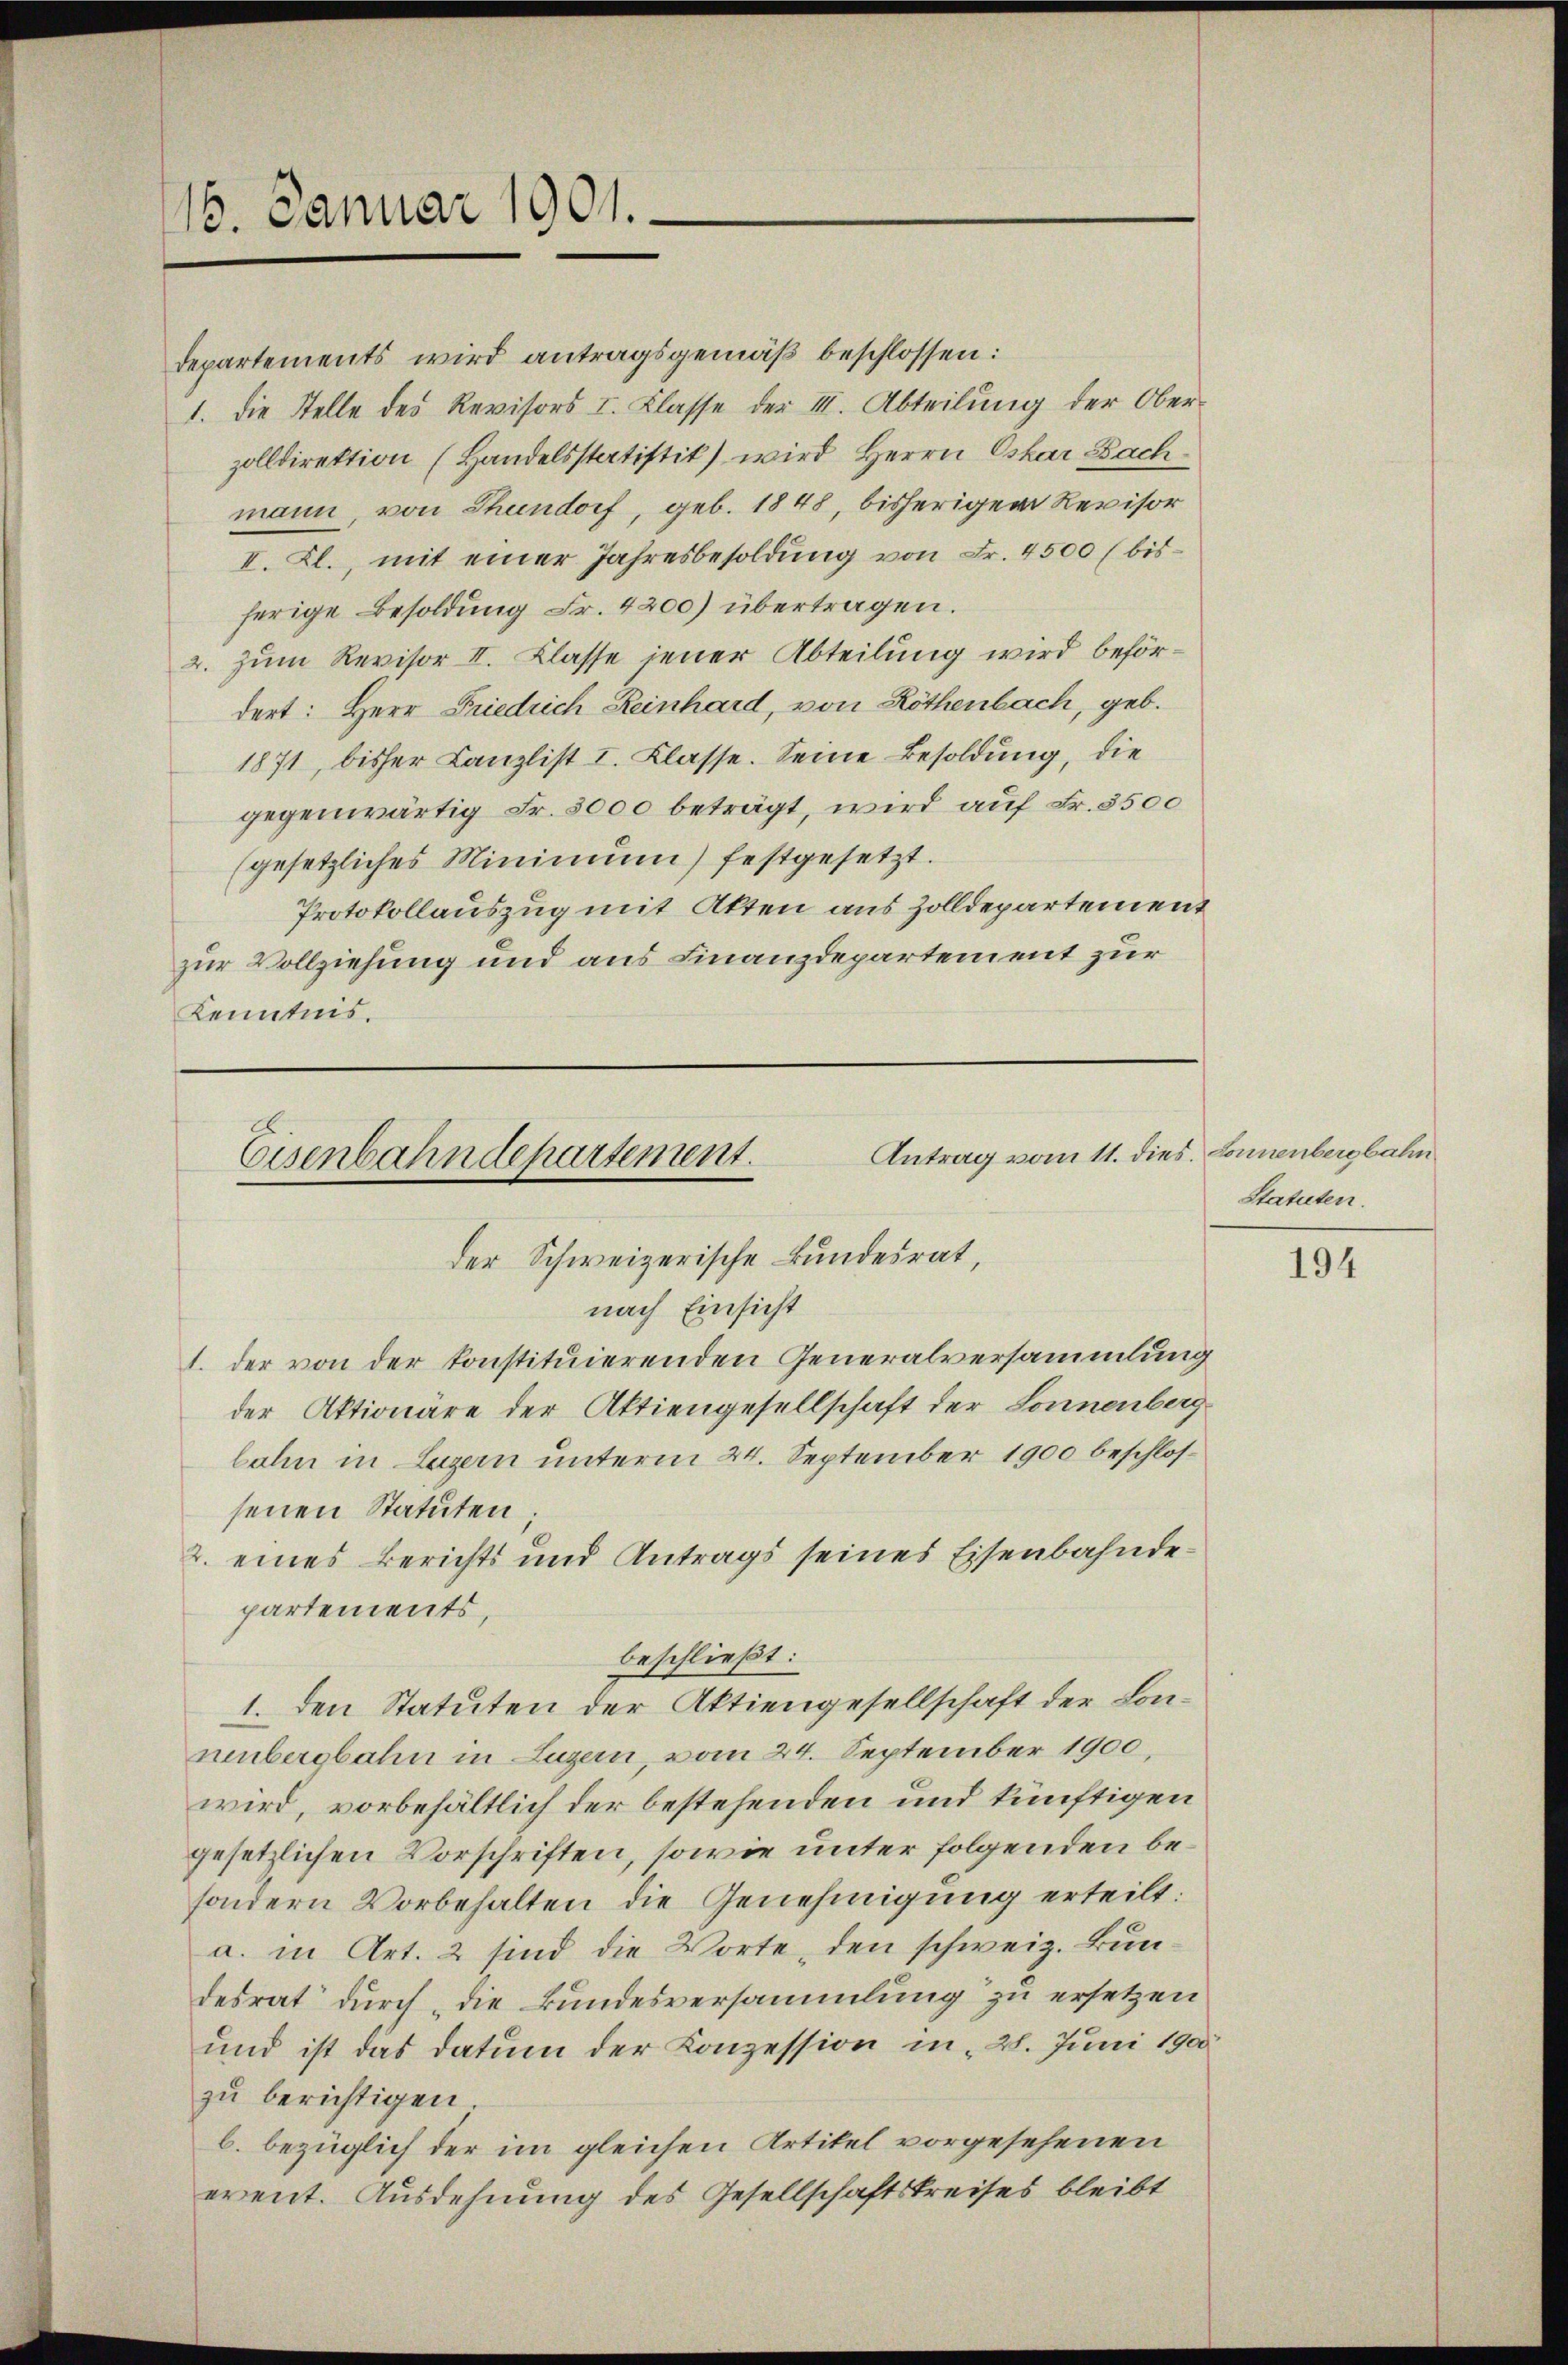
16. Januar 1901.

departements wird antragsgemäß beschlossen:
1. die Stelle des Revisors I. Klasse der III. Abteilung der Oberzolldirektion (Handelsstatistik) wird Herrn Oskar Bachmann, von Thundorf, geb. 1848, bisherigem Revisor
I. Kl., mit einer Jahresbesoldung von Fr. 4500 f bisherige Besoldung Fr. 4200) übertragen.
2. zum Revisor II. Klasse jener Abteilung wird befördert: Herr Friedrich Reinhard, von Röthenbach, geb.
1871, bisher Canzlist I. Klasse. Seine Besoldung, die
gegenwärtig Fr. 3000 beträgt, wird auf Fr. 3500
(gesetzliches Minimum) festgesetzt.
Protokollauszug mit Akten aus Zolldepartement
zur Vollziehung und aus Finanzdepartement zur
Kenntnis.

1. der von der konstituierenden Generalversammlung
der Aktionäre der Aktiengesellschaft der Sonnenberg
bahn in Luzern unterm 24. September 1900 beschlossenen Statuten;
2. eines Berichts und Antrags seines Eisenbahnde
partements,
beschließt:
1. den Statuten der Aktiengesellschaft der Konnenbergbahn in Luzern, vom 24. September 1900,
wird, vorbehältlich der bestehenden und künftigen
gesetzlichen Vorschriften, sowie unter folgenden besondern Vorbehalten die Genehmigung erteilt:
a. in Art. 2 sind die Worte, den schweiz. Bundesrat durch die Bundesversammlung zu ersetzen
und ist das Datum der Konzession in 28. Juni 1900
zu berichtigen
b. bezüglich der im gleichen Artikel vorgesehenen
event. Ausdehnung des Gesellschaftskreises bleibt

Antrag vom 11. dies. Sonnenbergbahn
Eisenbahndepartement.
der Schweizerische Bundesrat,
nach Einsicht

Statuten.

194